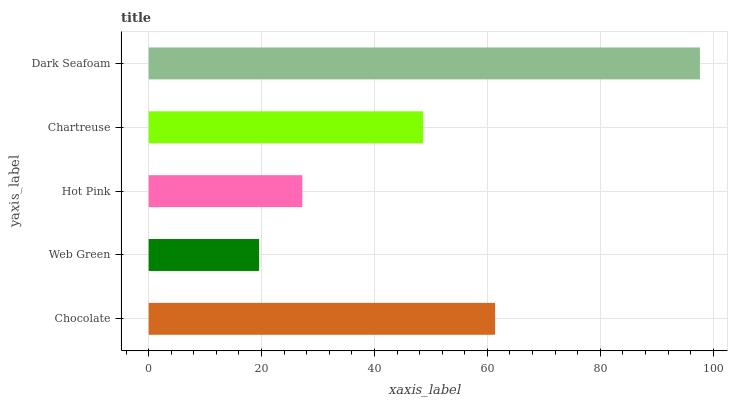
| yaxis_label | bars |
 | --- | --- |
 | Chocolate | 61.4 |
 | Web Green | 19.6 |
 | Hot Pink | 27.2 |
 | Chartreuse | 48.6 |
 | Dark Seafoam | 97.7 |